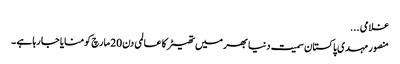
غلامی ...
منصور مہدی پاکستان سمیت دنیا بھر میں تھیٹر کا عالمی دن 20 مارچ کو منایا جا رہا ہے ۔